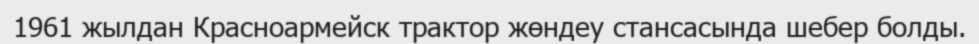
1961 жылдан Красноармейск трактор жөндеу стансасында шебер болды.